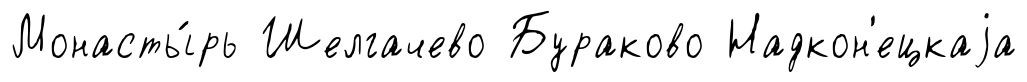
Монасты́рь Шелгачево Бураково Надкон'ецкаjа